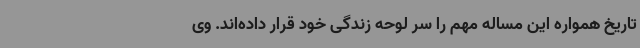
تاریخ همواره این مساله مهم را سر لوحه زندگی خود قرار داده‌اند. وی